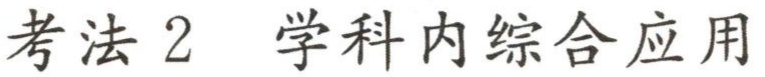
考法 2  学科内综合应用